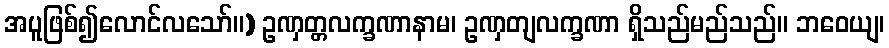
အပူဖြစ်၍လောင်လသော်။) ဥဏှတ္တလက္ခဏာနာမ၊ ဥဏှတျလက္ခဏာ ရှိသည်မည်သည်။ ဘဝေယျ၊